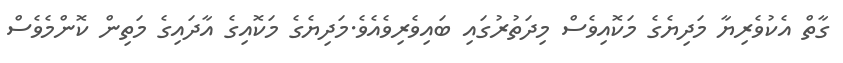
ގާތް އެކުވެރިޔާ މަދިޔެގެ މަކޮއިވެސް މިދަތުރުގައި ބައިވެރިވެއެވެ.މަދިޔެގެ މަކޮއިގެ އާދައިގެ މަތިން ކޮންމެވެސް